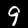
Label: 9